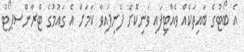
އެ ބޯޓުގެ ބައިތަކެއް ވެއްޓިފައި ވަނިކޮށް ފެނިފައިވާ ކަމަށް އެ ގައުމުގެ ޓްރާންސޕޯޓު